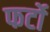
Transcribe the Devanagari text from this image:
फर्टो